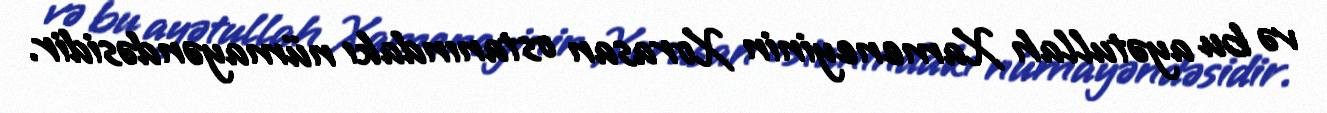
və bu ayətullah Xameneyinin Xorasan ostanındakı nümayəndəsidir.